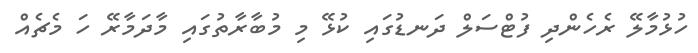
ހުޅުމާލޭ ރެހެންދި ފުޓްސަލް ދަނޑުގައި ކުޅޭ މި މުބާރާތުގައި މާދަމާރޭ ހަ މެޗެއް